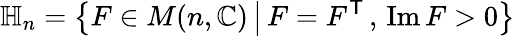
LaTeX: \mathbb{H}_{n}=\left\{ F\in M(n,\mathbb{C})\, {\big|}\, F=F^{\mathsf{T}}\, ,\, \operatorname{Im}F>0\right\}